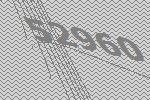
52960